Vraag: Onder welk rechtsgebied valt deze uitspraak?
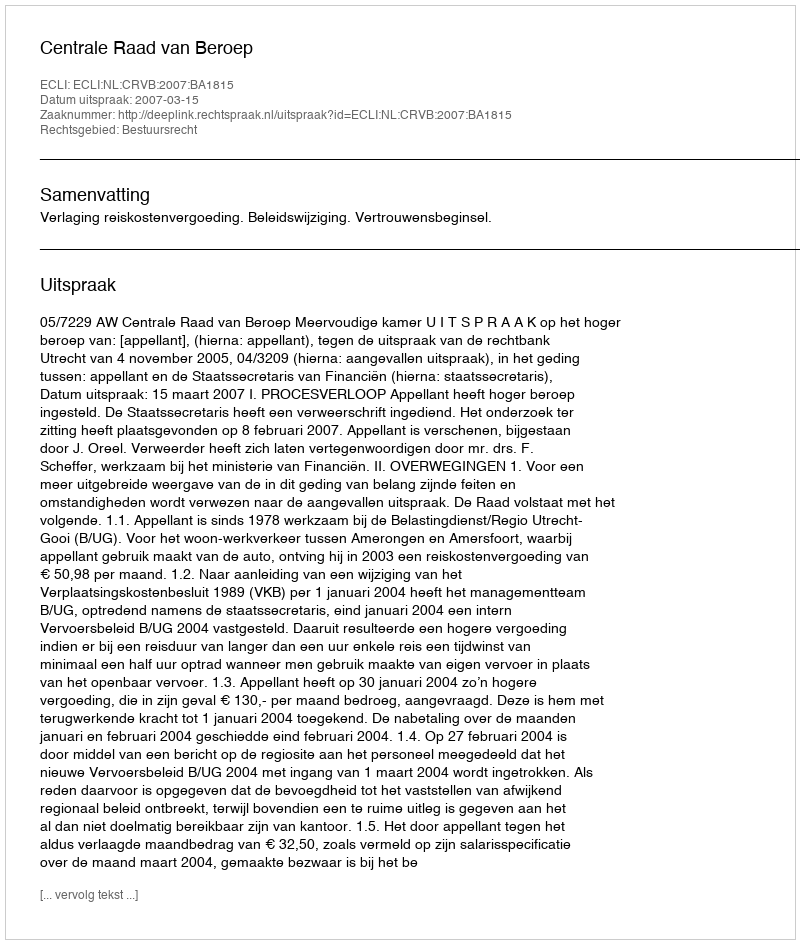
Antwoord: Bestuursrecht